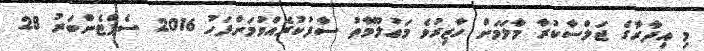
މި އިދާރާގެ ޖަލްސާކުރާ މާލަމަށް ހާޒިރުވެ މަޢުލޫމާތު ސާފުކުރެއްވުމަށްފަހު 2016 ސެޕްޓެންބަރު 28